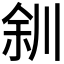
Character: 𫶨